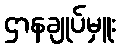
ဌာနချုပ်မှူး